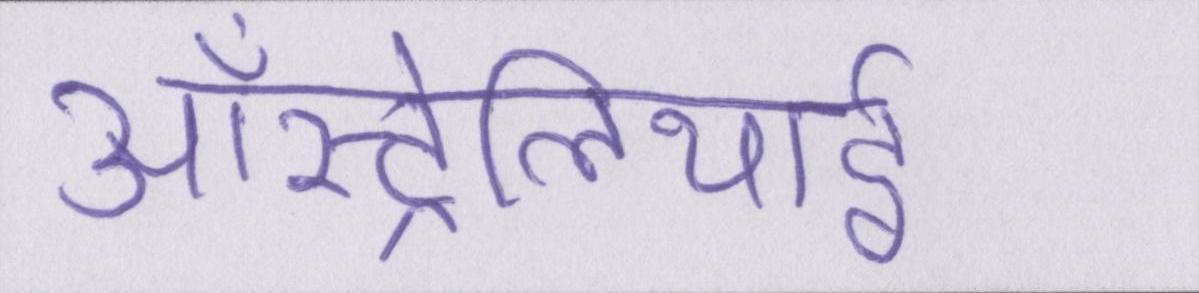
ऑस्ट्रेलियाई